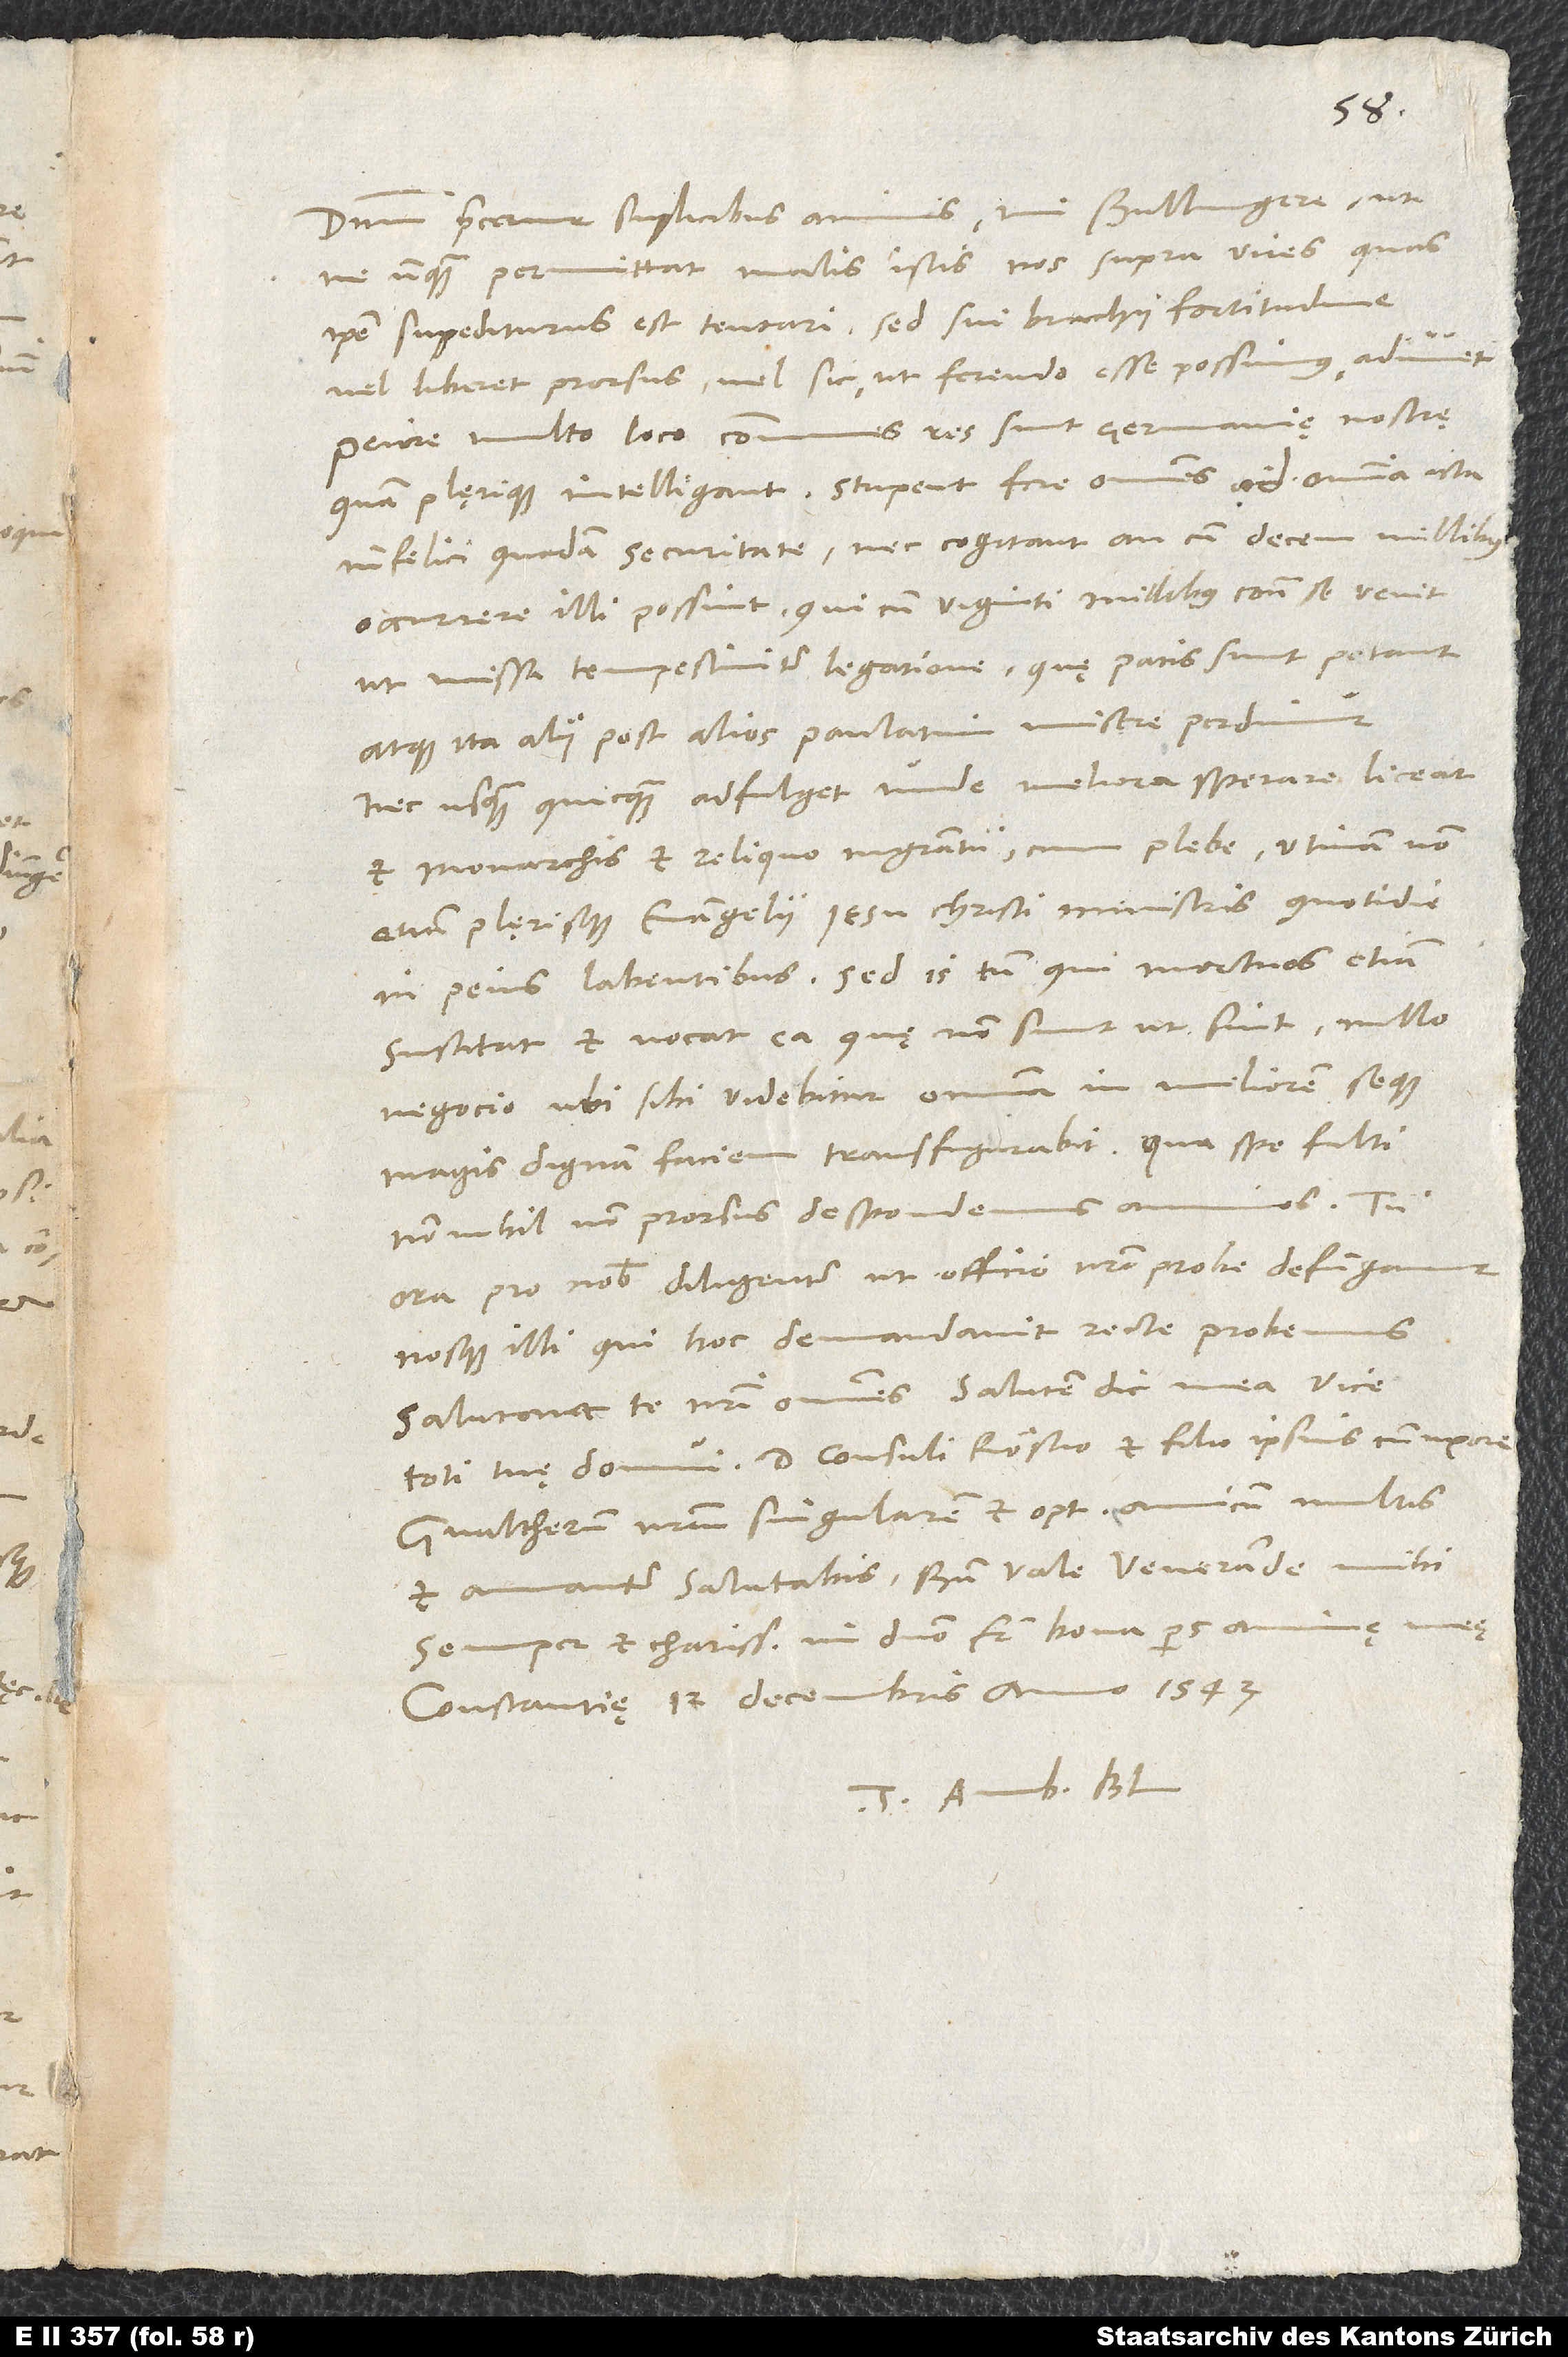
Dominum precemur suplicibus animis, mi Bullingere, ut
ne unquam permittat malis istis nos supra vires, quas
ipse suppeditaturus est, tentari, sed sui brachii fortitudine
vel liberet prorsus vel sic, ut ferendo esse possimus, adiuvet.
Peiore multo loco communes res sunt Germanię nostrę,
quam plęrique intelligant. Stupent fere omnes ad omnia ista
infelici quadam securitate nec cogitant, an cum decem millibus
occurrere illi possint, qui cum viginti millibus contra se venit,
ut missa tempestiviter legatione, quę pacis sunt, petant,
atque ita alii post alios paulatim misere perdimur,
nec usquam quicquam adfulget, unde meliora sperare liceat
et monarchis et reliquo magistratui cum plebe, utinam non
etiam plęrisque evangelii Iesu Christi ministris quotidie
in peius labentibus. Sed is tamen, qui mortuos etiam
suscitat et vocat ea, quę non sunt, ut sint, nullo
negocio, ubi sibi videbitur, omnia in meliorem seque
magis dignam faciem transfigurabit. Qua spe fulti
nonnihil non prorsus despondemus animos. Tu
ora pro nobis diligenter, ut officio nostro probe defungamur
nosque illi, qui hoc demandavit, recte probemus.
Salutant te nostri omnes. Salutem dic mea vice
toti tuę domui, d. consuli Röstio et filio ipsius cum uxore.
Gvaltherum nostrum, singularem et optimum amicum, multis
et amanter salutabis. Bene vale, venerande mihi
semper et charissime in domino frater, bona pars animę meę.
Constantię, 12. decembris 1543.
Tuus Amb. Bl.